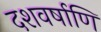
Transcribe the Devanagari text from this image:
दशवर्षाणि